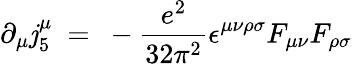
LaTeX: \partial_{\mu}\mathit{j}_{5}^{\mu}~=~-{\frac{{e^{2}}}{{32\pi^{2}}}}\epsilon^{\mu\nu\rho\sigma}F_{\mu\nu}F_{\rho\sigma}